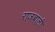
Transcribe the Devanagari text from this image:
राजबाली